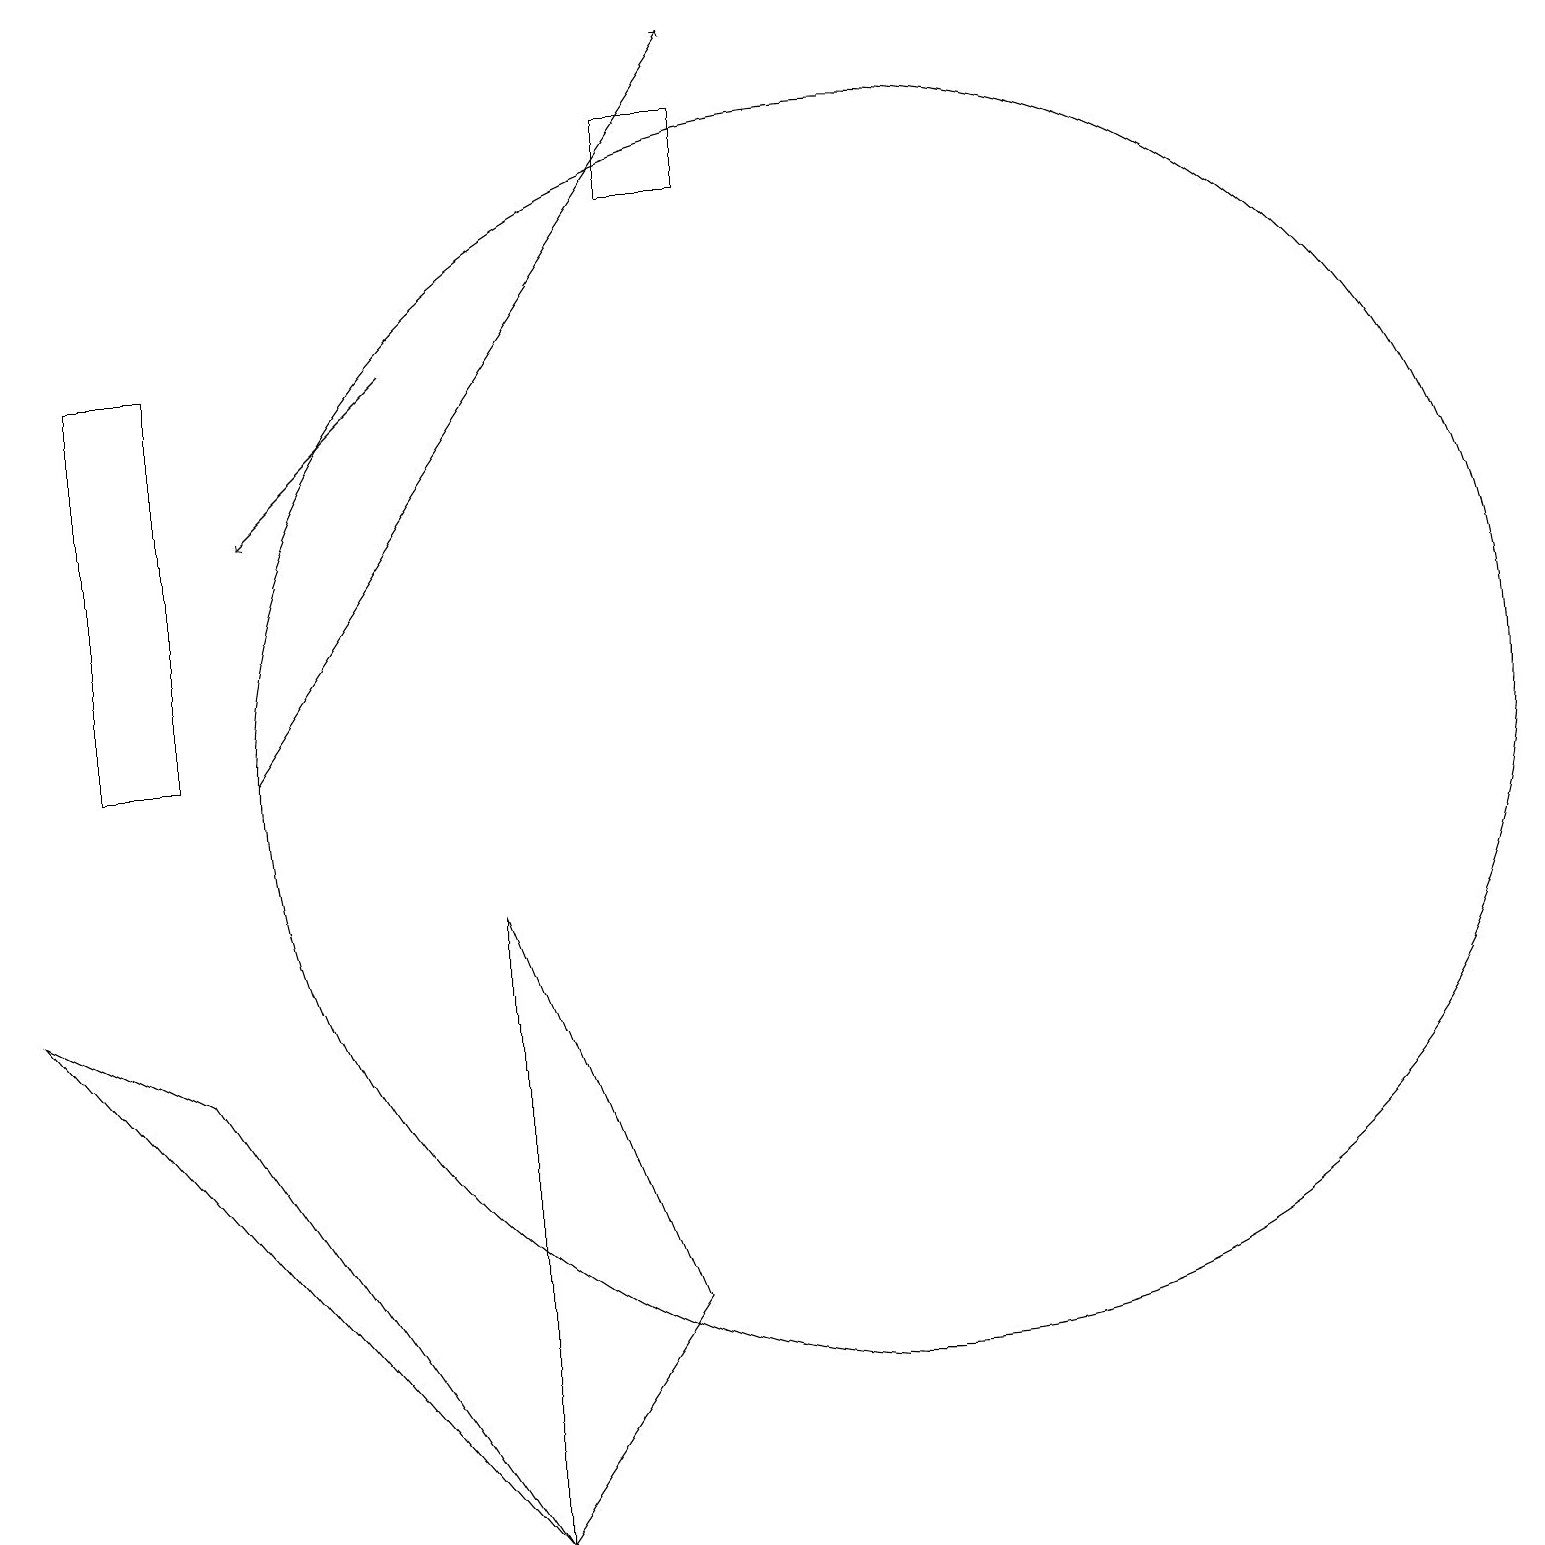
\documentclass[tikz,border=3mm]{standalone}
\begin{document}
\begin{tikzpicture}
\draw (11,10) circle (8);
\draw (6,0) -- (2,6) -- (0,7) -- cycle;
\draw[->] (5,15) -- (3,13);
\draw (2,10) rectangle (1,15);
\draw (6,0) -- (6,8) -- (8,3) -- cycle;
\draw (9,17) rectangle (8,18);
\draw[->] (3,10) -- (9,19);
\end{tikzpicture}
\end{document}